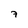
Character: 7